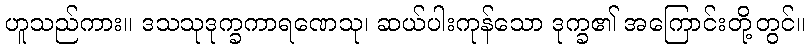
ဟူသည်ကား။ ဒသသုဒုက္ခကာရဏေသု၊ ဆယ်ပါးကုန်သော ဒုက္ခ၏ အကြောင်းတို့တွင်။